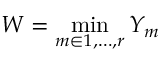
W = \operatorname* { m i n } _ { m \in 1 , \ldots , r } Y _ { m }